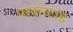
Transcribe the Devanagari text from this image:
पाकरटांड